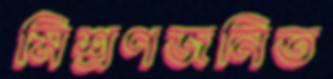
মিশ্রণজনিত